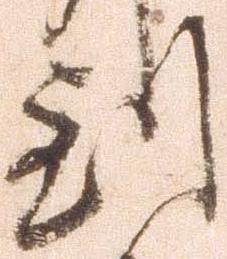
到